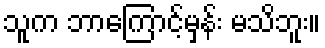
သူက ဘာကြောင့်မှန်း မသိဘူး။